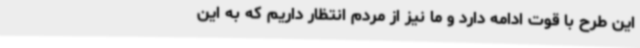
این طرح با قوت ادامه دارد و ما نیز از مردم انتظار داریم که به این